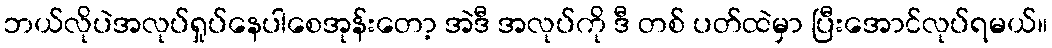
ဘယ်လိုပဲအလုပ်ရှုပ်နေပါစေအုန်းတော့ အဲဒီ အလုပ်ကို ဒီ တစ် ပတ်ထဲမှာ ပြီးအောင်လုပ်ရမယ်။